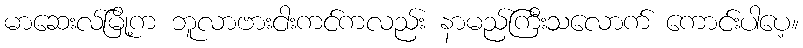
မာဆေးလ်မြို့က ဘူလာဗားငါးကင်ကလည်း နာမည်ကြီးသလောက် ကောင်းပါပေ့။